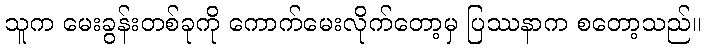
သူက မေးခွန်းတစ်ခုကို ကောက်မေးလိုက်တော့မှ ပြဿနာက စတော့သည်။